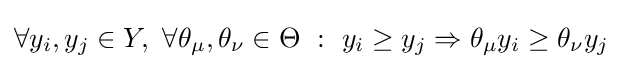
\forall y_{i},y_{j}\in Y,\ \forall \theta _{\mu },\theta _{\nu }\in \Theta \ :\ y_{i}\geq y_{j}\Rightarrow \theta _{\mu }y_{i}\geq \theta _{\nu }y_{j}